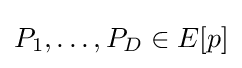
P_{1},\ldots ,P_{D}\in E[p]